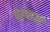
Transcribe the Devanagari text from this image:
पहुंचाओ